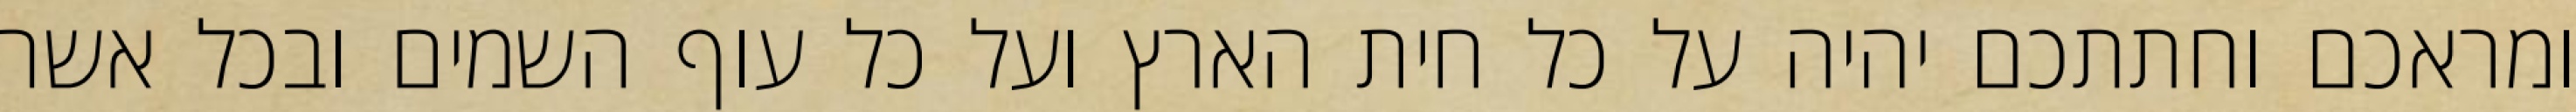
ומראכם וחתתכם יהיה על כל חית הארץ ועל כל עוף השמים ובכל אשר